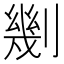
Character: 𠟣